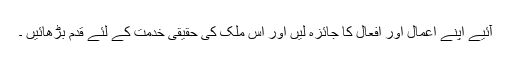
آئیے اپنے اعمال اور افعال کا جائزہ لیں اور اس ملک کی حقیقی خدمت کے لئے قدم بڑھائیں ۔